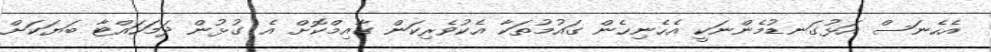
އެހެނަސް އަޅުގަނޑުމެންނަކީ އެހެނިހެން ގައުމުތަކާ އެކުވެރިކަން ގާއިމްކޮށް އެ ގުޅުން ދަމަހައްޓާ ބަޔަކަށް